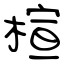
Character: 楦